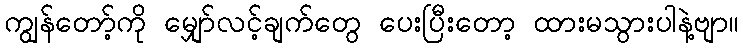
ကျွန်တော့်ကို မျှော်လင့်ချက်တွေ ပေးပြီးတော့ ထားမသွားပါနဲ့ဗျာ။